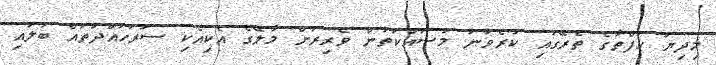
މިދިޔަ ހަފްތާގެ ތެރޭގައި ކުރެވުނު މަސައްކަތުން ވެރިރަށް މާލޭގެ އެކިއެކި ސަރަހައްދުތައް ބަލައި